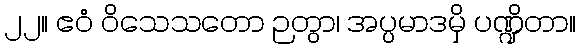
၂၂။ ဧဝံ ဝိသေသတော ဉတွာ၊ အပ္ပမာဒမှိ ပဏ္ဍိတာ။